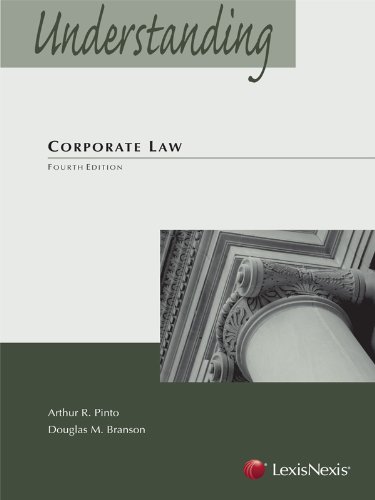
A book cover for Understanding Corporate Law; Arthur R. Pinto; Law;